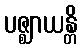
ပဇ္ဈာယန္တိ